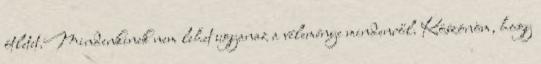
ötletet.Mindenkinek nem lehet ugyanaz a véleménye mindenről. Köszönöm, hogy